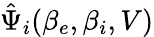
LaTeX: \hat{\Psi}_{i}(\beta_{e},\beta_{i},V)